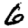
Digit: 6